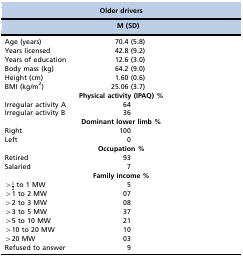
<table><thead><tr><td colspan="3"><b>Older drivers</b></td></tr><tr><td colspan="3"><b>M (SD)</b></td></tr></thead><tbody><tr><td>Age (years)</td><td>70.4 (5.8)</td><td></td></tr><tr><td>Years licensed</td><td>42.8 (9.2)</td><td></td></tr><tr><td>Years of education</td><td>12.6 (3.0)</td><td></td></tr><tr><td>Body mass (kg)</td><td>64.2 (9.0)</td><td></td></tr><tr><td>Height (cm)</td><td>1.60 (0.6)</td><td></td></tr><tr><td>BMI (kg/m<sup>2</sup>)</td><td>25.06 (3.7)</td><td></td></tr><tr><td colspan="3"><b>Physical activity (IPAQ) %</b></td></tr><tr><td>Irregular activity A</td><td>64</td><td></td></tr><tr><td>Irregular activity B</td><td>36</td><td></td></tr><tr><td colspan="3"><b>Dominant lower limb %</b></td></tr><tr><td>Right</td><td>100</td><td></td></tr><tr><td>Left</td><td>0</td><td></td></tr><tr><td colspan="3"><b>Occupation %</b></td></tr><tr><td>Retired</td><td>93</td><td></td></tr><tr><td>Salaried</td><td>7</td><td></td></tr><tr><td colspan="3"><b>Family income %</b></td></tr><tr><td>&gt;1⁄2 to 1 MW</td><td>5</td><td></td></tr><tr><td>&gt;1 to 2 MW</td><td>07</td><td></td></tr><tr><td>&gt;2 to 3 MW</td><td>08</td><td></td></tr><tr><td>&gt;3 to 5 MW</td><td>37</td><td></td></tr><tr><td>&gt;5 to 10 MW</td><td>21</td><td></td></tr><tr><td>&gt;10 to 20 MW</td><td>10</td><td></td></tr><tr><td>&gt;20 MW</td><td>03</td><td></td></tr><tr><td>Refused to answer</td><td>9</td><td></td></tr></tbody></table>